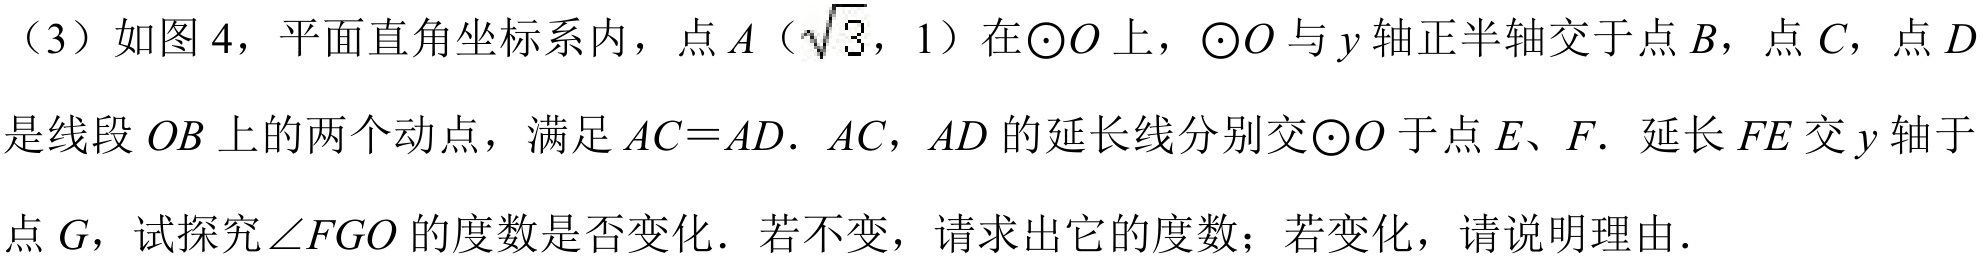
（3）如图 4，平面直角坐标系内，点\(A（\sqrt{3},1）\)在\(\odot O\)上，\(\odot O\)与\(y\)轴正半轴交于点\(B\)，点\(C\)，点\(D\)是线段\(OB\)上的两个动点，满足\(AC = AD\). \(AC\)，\(AD\)的延长线分别交\(\odot O\)于点\(E\)、\(F\). 延长\(FE\)交\(y\)轴于点\(G\)，试探究\(\angle FGO\)的度数是否变化．若不变，请求出它的度数；若变化，请说明理由．